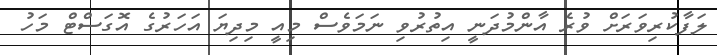
ލަފާކުރިވަރަށް ވުރެ އާންމުދަނީ އިތުރުވި ނަމަވެސް މިއީ މިދިޔަ އަހަރުގެ އޮގަސްޓް މަހު